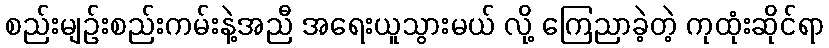
စည်းမျဉ်းစည်းကမ်းနဲ့အညီ အရေးယူသွားမယ် လို့ ကြေညာခဲ့တဲ့ ကုထုံးဆိုင်ရာ